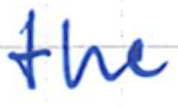
Text: the
Cross-out: clean
Writing tool: ballpoint